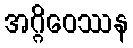
အဂ္ဂိဝေဿန